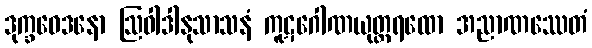
ဒုက္ခဝေဒနော ဩဝါဒါနုသာသနံ ကူဋဂေါဏယုတ္တရထော အညာဏဿေတံ